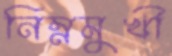
নিম্নমুখী